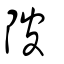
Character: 陂